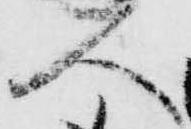
人